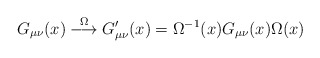
\begin{align*}G_{\mu\nu}(x) \stackrel{\Omega}{\longrightarrow} G'_{\mu\nu}(x) = \Omega^{-1}(x) G_{\mu\nu}(x) \Omega(x)\end{align*}